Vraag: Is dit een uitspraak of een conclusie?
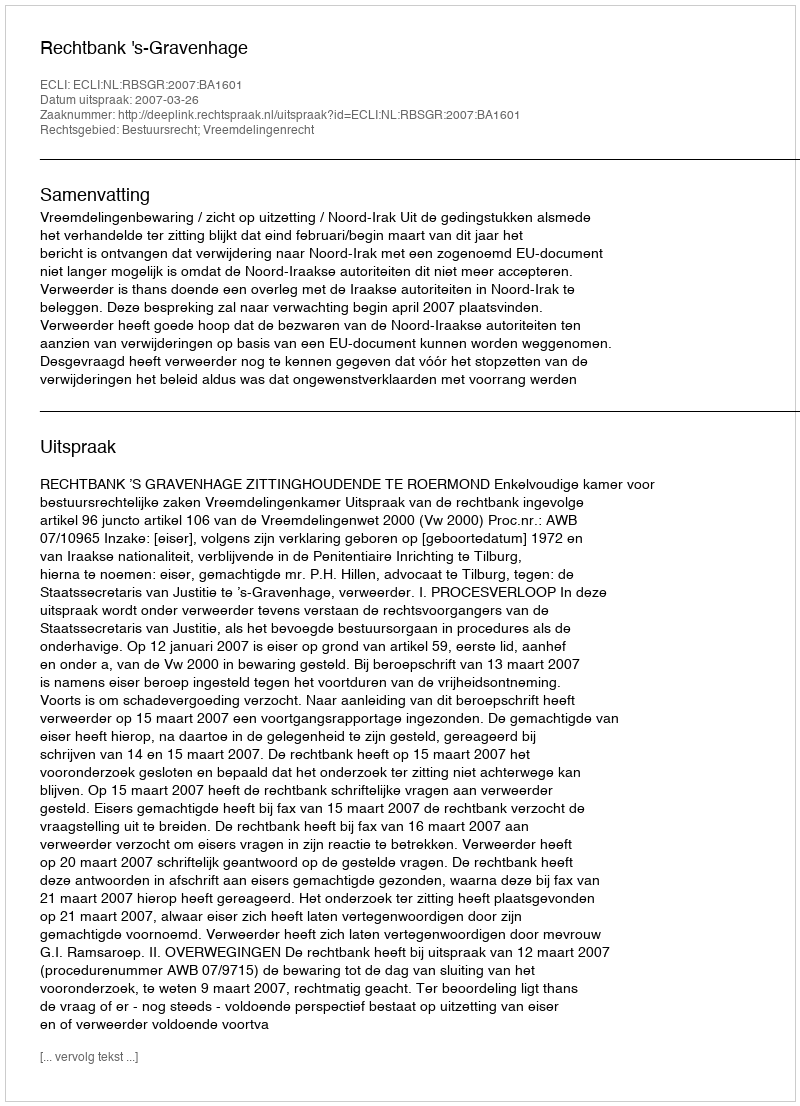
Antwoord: Uitspraak